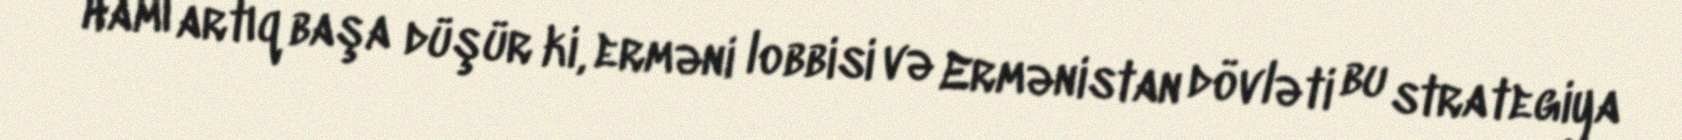
Hamı artıq başa düşür ki, erməni lobbisi və Ermənistan dövləti bu strategiya